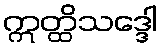
ဣတ္ထိသဒ္ဒေါ